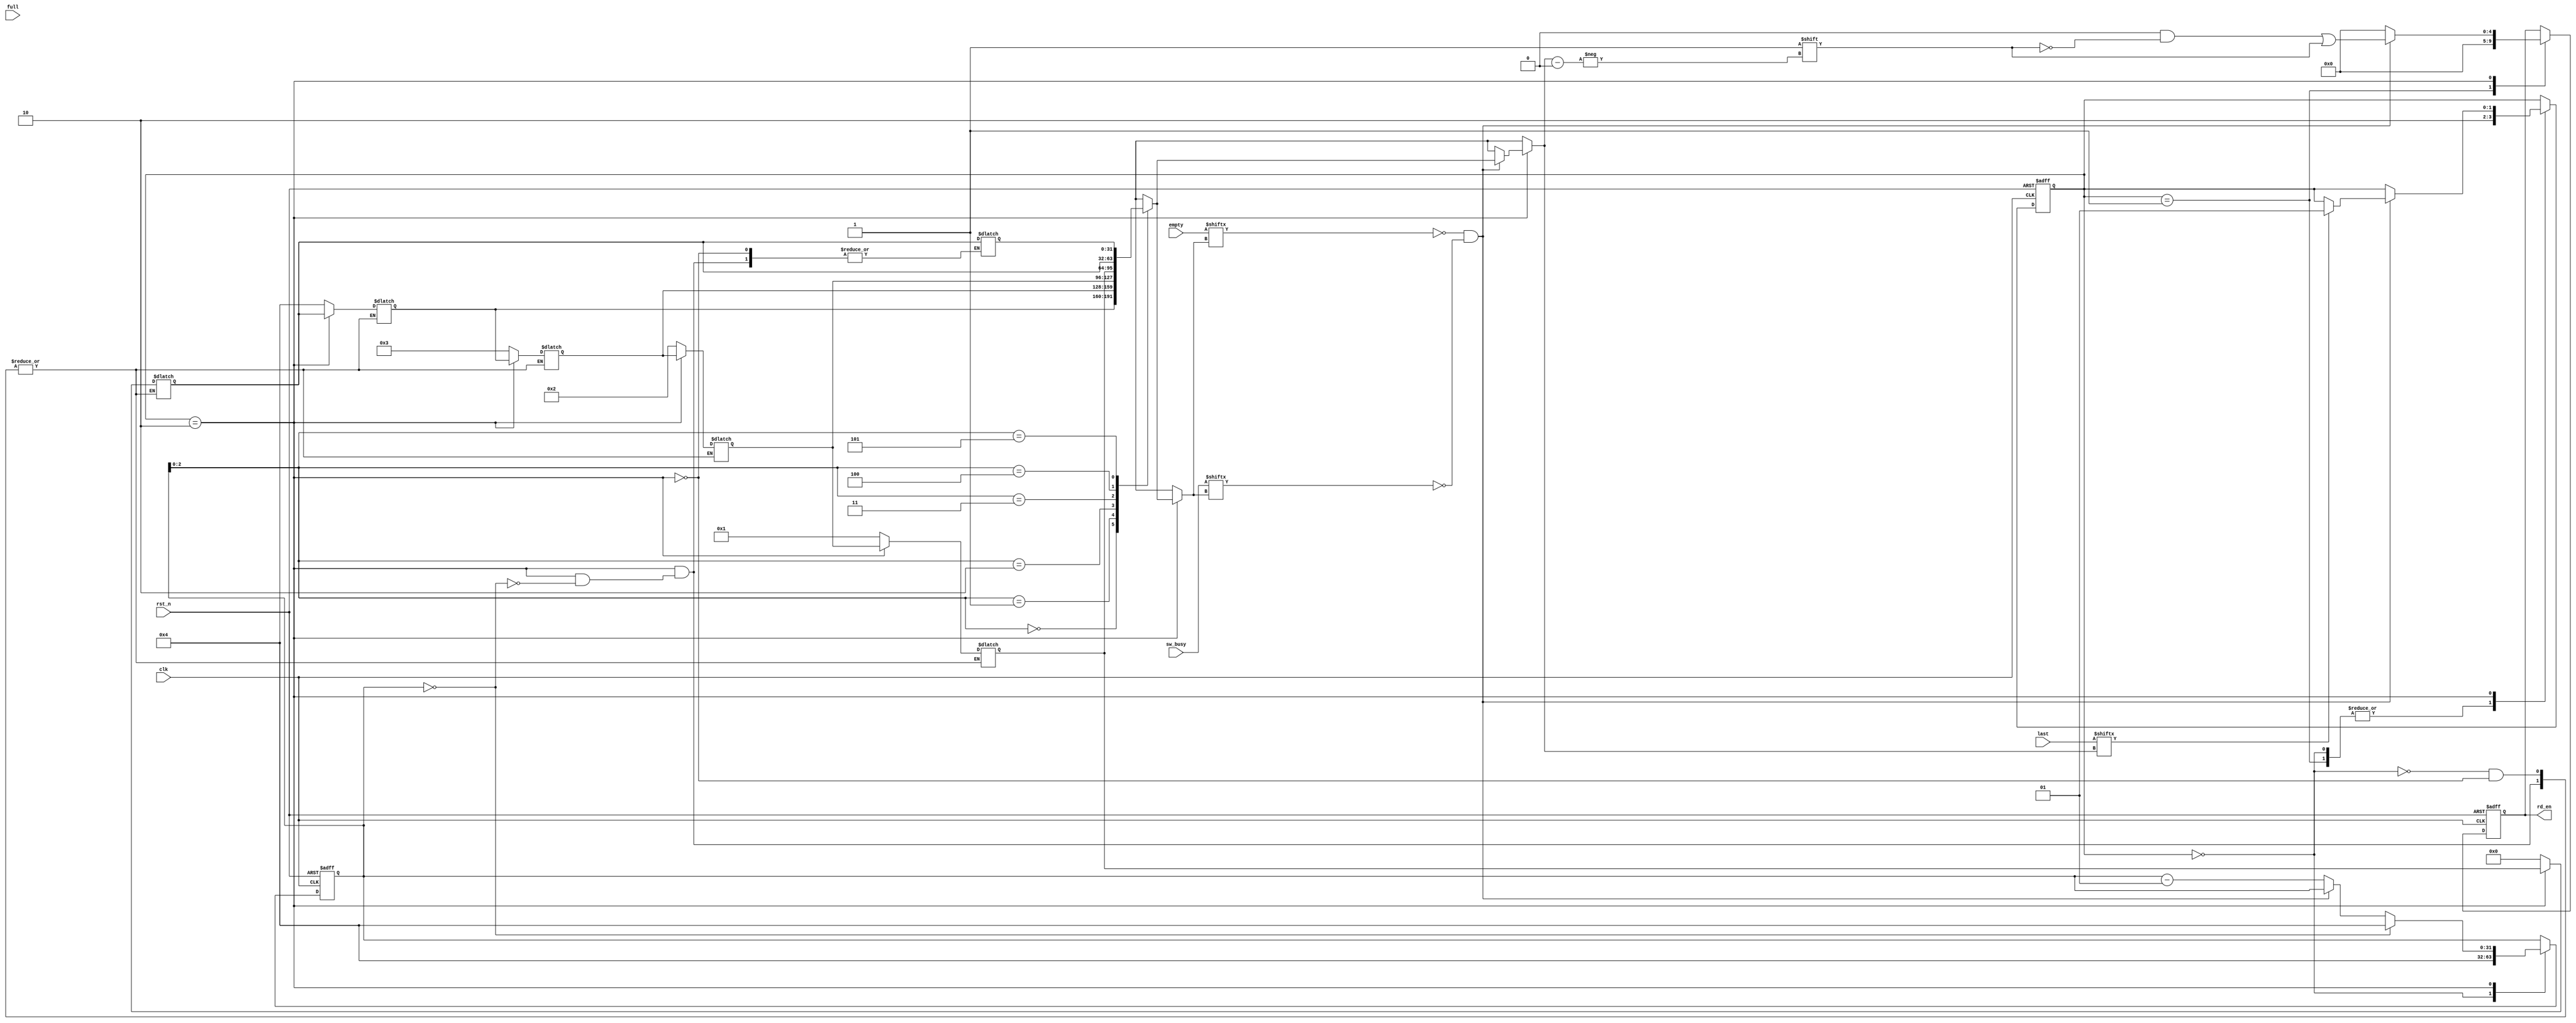
module fifo_rd_cntrl #(
    parameter NUM_SW_INST = 5,
    parameter W_WIDTH = 8
) (
    input clk, rst_n,
    input [NUM_SW_INST-1:0] empty, full,
    input [NUM_SW_INST-1:0] last,
    input [NUM_SW_INST-1:0] sw_busy,

    output [NUM_SW_INST-1:0] rd_en
);
    localparam IDLE = 2'd0;
    localparam WAIT = 2'd1;
    localparam CHECK_BY_PRIORITY = 2'd2;

    integer i;
    integer idx_cnt_ff, idx_cnt_nxt;
    integer circ_buffer [NUM_SW_INST:0];//memory for keeping track of each fifo priority
    

    reg [NUM_SW_INST-1:0] rd_en_ff, rd_en_nxt;
    reg [1:0] state_m_nxt, state_m_ff;

    always @(*) begin
        rd_en_nxt = rd_en_ff;
        state_m_nxt = state_m_ff;
        idx_cnt_nxt = idx_cnt_ff;

        case(state_m_ff)
            IDLE:
                begin
                    //initialise the priority with {fifo_4, fifo_3, fifo_2, fifo_1, fifio_0, 0}, at each index representing FIFO priority
                    //element at index 6 is used for shifting the priority
                    for(i = 0; i < NUM_SW_INST; i = i + 1) begin
                        circ_buffer[NUM_SW_INST-1-i] = i;
                    end 

                    state_m_nxt = CHECK_BY_PRIORITY;
                    idx_cnt_nxt = NUM_SW_INST-1;
                end
            WAIT:
                begin
                    rd_en_nxt = 0;
                    state_m_nxt = CHECK_BY_PRIORITY;
                end
            CHECK_BY_PRIORITY:
                begin
                    rd_en_nxt = 0;
                    if((empty[circ_buffer[idx_cnt_ff]] == 0 && sw_busy[circ_buffer[idx_cnt_ff]] == 0)) begin
                        rd_en_nxt[circ_buffer[idx_cnt_ff]] = 1;
                        if(last[circ_buffer[idx_cnt_ff]] == 1'b1) begin
                            state_m_nxt = WAIT;
                        end
                    end
                    else begin
                        idx_cnt_nxt = idx_cnt_nxt - 1;
                    end 

                    if(idx_cnt_ff == 0) begin
                        //shift the priority after checking each fifo for data
                        for(i = NUM_SW_INST; i > 0; i = i - 1) begin
                            circ_buffer[i] = circ_buffer[i-1];
                            
                            if(i == 1) begin
                                circ_buffer[i-1] = circ_buffer[NUM_SW_INST];
                            end 
                        end 

                        idx_cnt_nxt = NUM_SW_INST-1;
                    end 
                end 
        endcase
    end

    always @(posedge clk or negedge rst_n) begin
      if(!rst_n) begin
            rd_en_ff <= '0;
            state_m_ff <= IDLE;
            idx_cnt_ff <= 0;
        end
        else begin
            rd_en_ff <= rd_en_nxt;
            state_m_ff <= state_m_nxt;
            idx_cnt_ff <= idx_cnt_nxt;
        end
    end

    assign rd_en = rd_en_ff;
endmodule